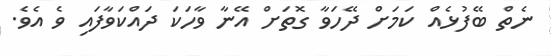
ނެތް ބޭފުުޅެއް ކަމަށް ދޭހަަވާ ގޮތަށް އޭނާ ވާހަކަ ދައްކަވާފައި ވެ އެވެ.